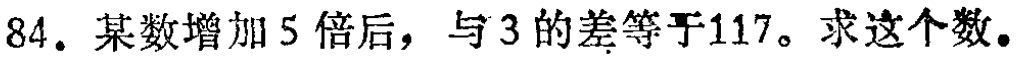
84. 某数增加 5 倍后，与 3 的差等于117。求这个数。